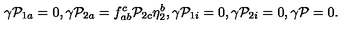
\gamma { \cal P } _ { 1 a } = 0 , \gamma { \cal P } _ { 2 a } = f _ { a b } ^ { c } { \cal P } _ { 2 c } \eta _ { 2 } ^ { b } , \gamma { \cal P } _ { 1 i } = 0 , \gamma { \cal P } _ { 2 i } = 0 , \gamma { \cal P } = 0 .